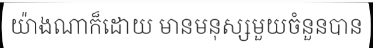
យ៉ាងណាក៏ដោយ មានមនុស្សមួយចំនួនបាន